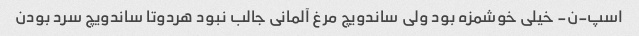
اسپ-ن- خیلی خوشمزه بود ولی ساندویچ مرغ آلمانی جالب نبود هردوتا ساندویچ سرد بودن